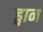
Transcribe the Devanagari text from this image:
ड्वान